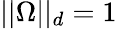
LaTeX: ||\Omega||_{d}=1